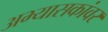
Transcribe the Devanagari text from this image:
अभ्यासकांवर